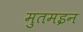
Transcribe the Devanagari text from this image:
मुतमइन